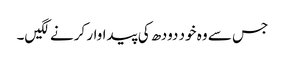
جس سے وہ خود دودھ کی پیداوار کرنے لگیں۔